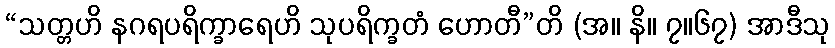
“သတ္တဟိ နဂရပရိက္ခာရေဟိ သုပရိက္ခတံ ဟောတီ”တိ (အ။ နိ။ ၇။၆၇) အာဒီသု